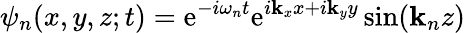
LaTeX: \psi_{n}(x,y,z;t)=\mathrm{e}^{-i\omega_{n}t}\mathrm{e}^{i\mathbf{k}_{x}x+i\mathbf{k}_{y}y}\sin(\mathbf{k}_{n}z)